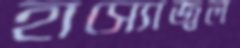
হাস্যোজ্বল